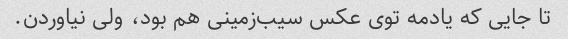
تا جایی که یادمه توی عکس سیب‌زمینی هم بود، ولی نیاوردن.